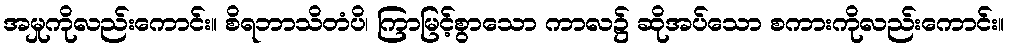
အမှုကိုလည်းကောင်း။ စိရဘာသိတံပိ၊ ကြာမြင့်စွာသော ကာလ၌ ဆိုအပ်သော စကားကိုလည်းကောင်း။